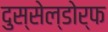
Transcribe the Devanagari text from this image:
दुस्सेल्डोर्फ